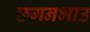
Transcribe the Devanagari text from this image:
छगनभाउ